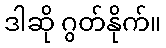
ဒါဆို ဂွတ်နိုက်။